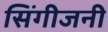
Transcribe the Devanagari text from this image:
सिंगीजनी